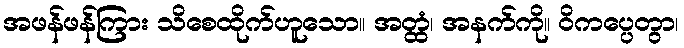
အဖန်ဖန်ကြား သိစေထိုက်ဟူသော။ အတ္ထံ၊ အနက်ကို။ ဝိကပ္ပေတွာ၊